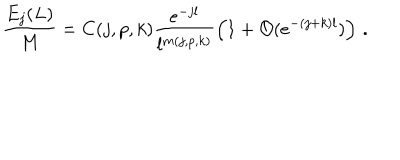
LaTeX: \frac { E _ { j } ( L ) } { M } = C ( j , p , k ) \frac { e ^ { - j l } } { l ^ { m ( j , p , k ) } } \left( 1 + { \mathcal { O } } ( e ^ { - ( j + k ) l } ) \right) \, .